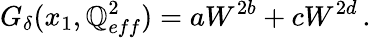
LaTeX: G_{\delta}(x_{1},\mathbb{Q}_{eff}^{2})=aW^{2b}+cW^{2d}\, .